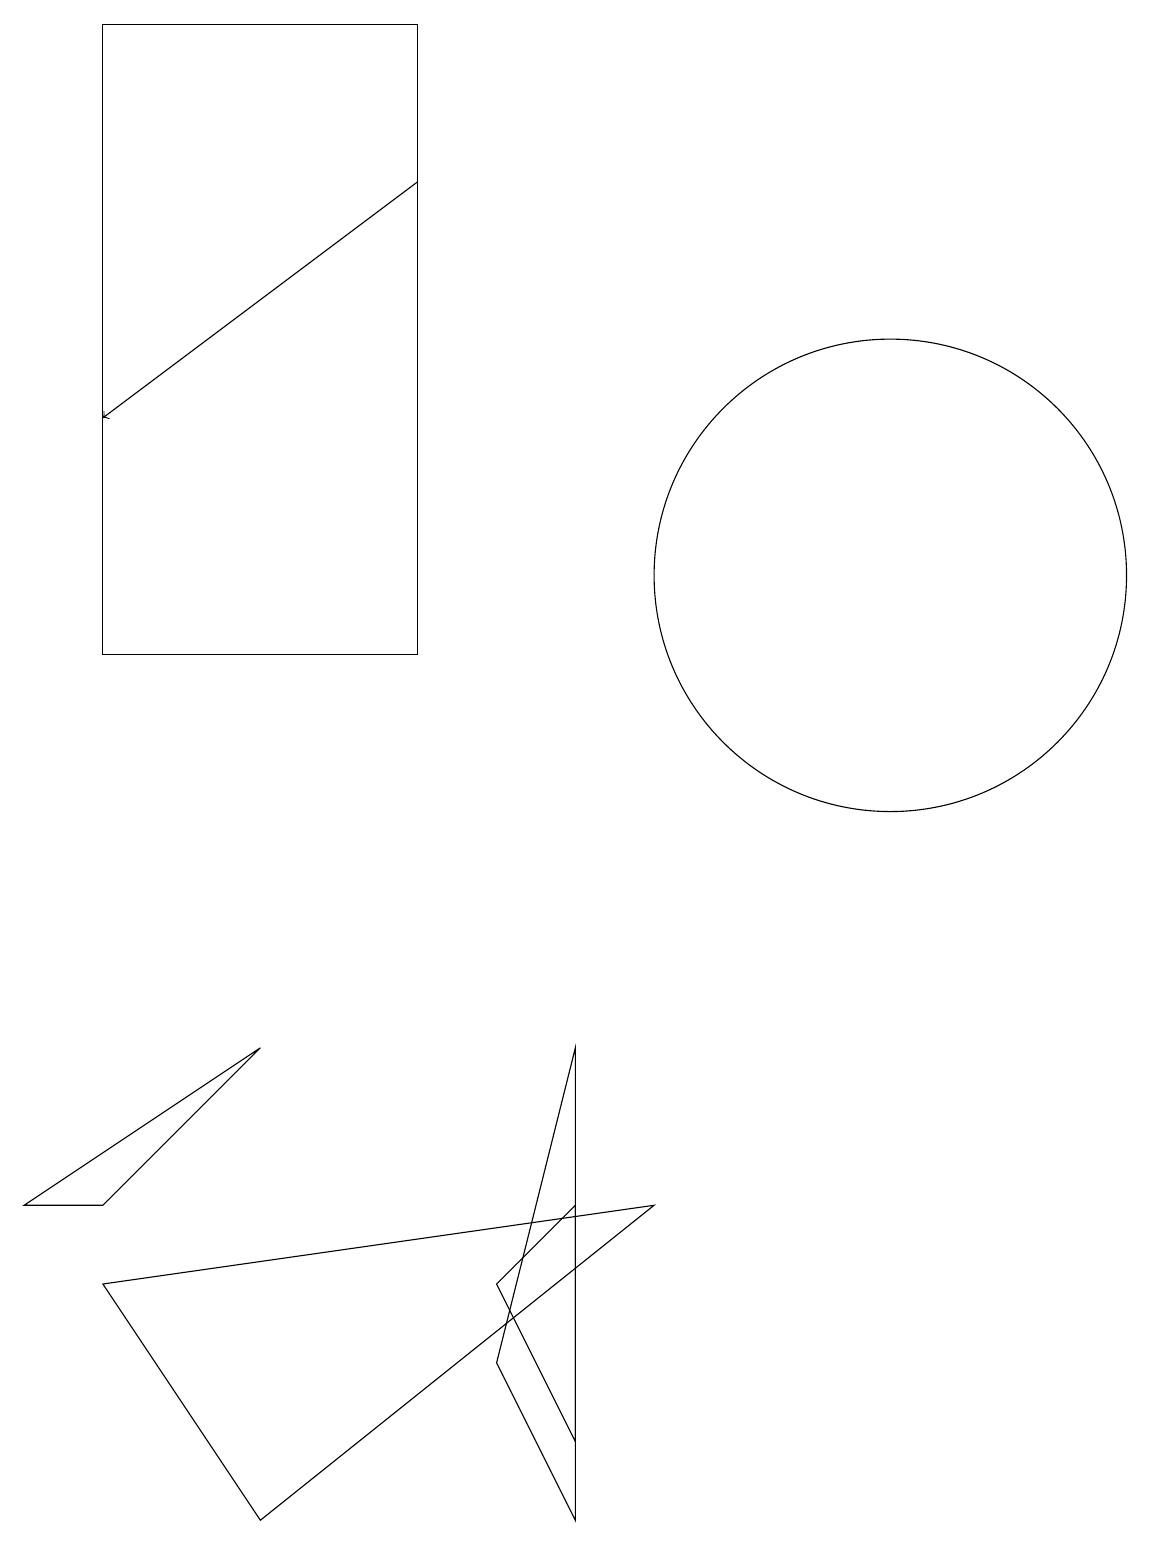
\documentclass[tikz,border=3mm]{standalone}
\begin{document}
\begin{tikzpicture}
\draw (7,1) -- (7,4) -- (6,3) -- cycle;
\draw (0,4) -- (1,4) -- (3,6) -- cycle;
\draw (8,4) -- (1,3) -- (3,0) -- cycle;
\draw[->] (5,17) -- (1,14);
\draw (11,12) circle (3);
\draw (1,19) rectangle (5,11);
\draw (6,2) -- (7,0) -- (7,6) -- cycle;
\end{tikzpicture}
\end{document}